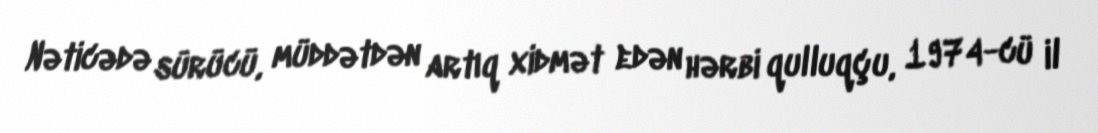
Nəticədə sürücü, müddətdən artıq xidmət edən hərbi qulluqçu, 1974-cü il